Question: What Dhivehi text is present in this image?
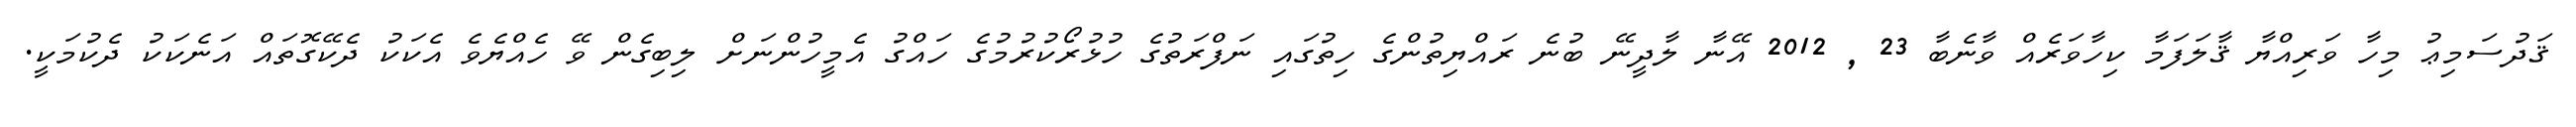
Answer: ޤަދުސަމިޢު މިހާ ވަރިއްޔާ ޤާލަފަމާ ކިހާވަރެއް ވާނެބާ 23 , 2012 އޭނާ ލާދީނޭ ބުނެ ރައްޔިތުންގެ ހިތުގައި ނަފްރަތުގެ ހުޅުރޯކުރުމުގެ ހައްގު އެމީހުންނަށް ލިބިގެން ވޭ ހެއްޔެވެ އެކަކު ދެކޭގޮތައް އަނެކަކު ދެކުމަކީ.